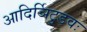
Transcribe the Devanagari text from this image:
आदिर्ञिटुडवः